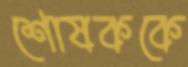
শোষককে